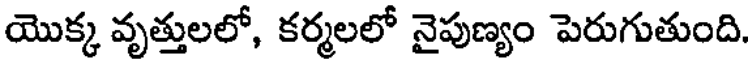
యొక్క వృత్తులలో, కర్మలలో నైపుణ్యం పెరుగుతుంది.